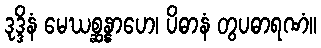
ဒုဒ္ဒိနံ မေဃစ္ဆန္နာဟေ၊ ပိဓာနံ တွပဓာရဏံ။